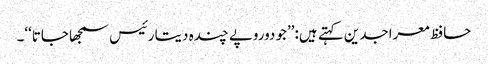
حافظ معراجدین کہتے ہیں:’’جو دوروپے چندہ دیتا رئیس سمجھا جاتا‘‘۔